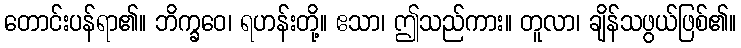
တောင်းပန်ရာ၏။ ဘိက္ခဝေ၊ ရဟန်းတို့။ ဧသာ၊ ဤသည်ကား။ တူလာ၊ ချိန်သဖွယ်ဖြစ်၏။